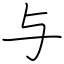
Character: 与